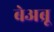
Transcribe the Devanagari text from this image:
बेअब्रू